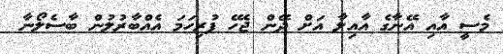
މެސީ އާއި އޭނާގެ އާއިލާ އަށް ދޭން ޖެހޭ ފުރިހަމަ އެއްބާރުލުން ބާސެލޯނާ